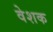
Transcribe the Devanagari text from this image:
वेशक